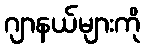
ဂျာနယ်များကို